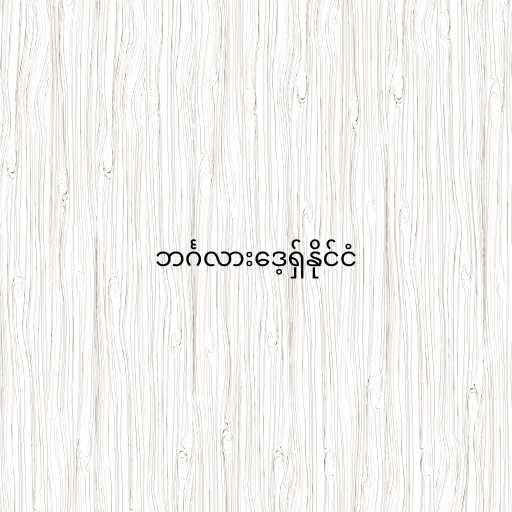
ဘင်္ဂလားဒေ့ရှ်နိုင်ငံ